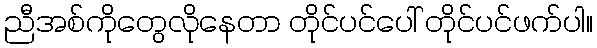
ညီအစ်ကိုတွေလိုနေတာ တိုင်ပင်ပေါ် တိုင်ပင်ဖက်ပါ။